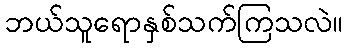
ဘယ်သူရောနှစ်သက်ကြသလဲ။